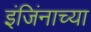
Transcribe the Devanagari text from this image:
इंजिंनाच्या